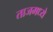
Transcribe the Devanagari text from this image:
ताजमध्ये